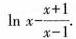
\ln { x } - \frac { x + 1 } { x - 1 }$$.